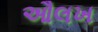
ઔલખ